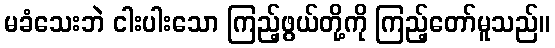
မခံသေးဘဲ ငါးပါးသော ကြည့်ဖွယ်တို့ကို ကြည့်တော်မူသည်။